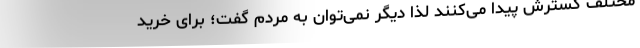
مختلف گسترش پیدا می‌کنند لذا دیگر نمی‌توان به مردم گفت؛ برای خرید